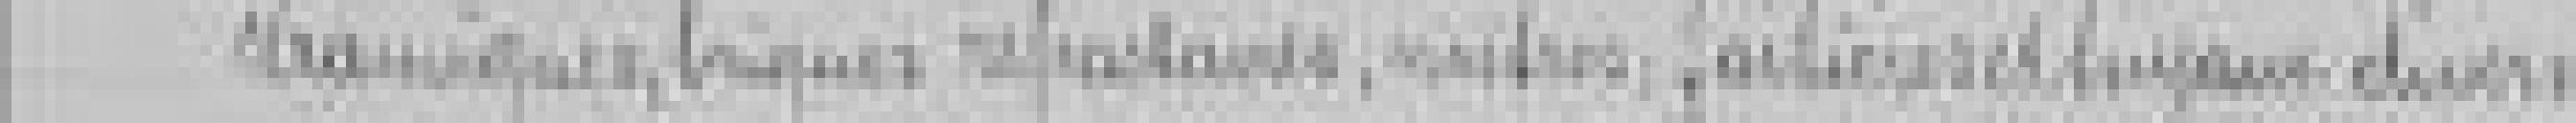
céramiques, briques réfractaires, marbres, faitières et tuyaux divers